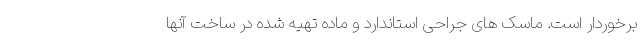
برخوردار است. ماسک های جراحی استاندارد و ماده تهیه شده در ساخت آنها